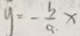
y = - \frac { b } { a } x